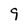
Character: 9